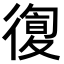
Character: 𢕛